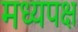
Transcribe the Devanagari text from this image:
मध्यपक्ष